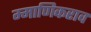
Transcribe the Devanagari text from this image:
म्माणिकराव